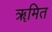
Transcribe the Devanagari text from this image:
ॠमित